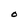
Character: O